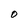
Character: O